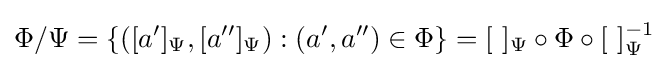
\Phi /\Psi =\{([a']_{\Psi },[a'']_{\Psi }):(a',a'')\in \Phi \}=[\ ]_{\Psi }\circ \Phi \circ [\ ]_{\Psi }^{-1}